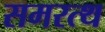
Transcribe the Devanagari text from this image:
समरत्थ